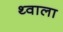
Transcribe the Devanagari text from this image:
थ्वाला